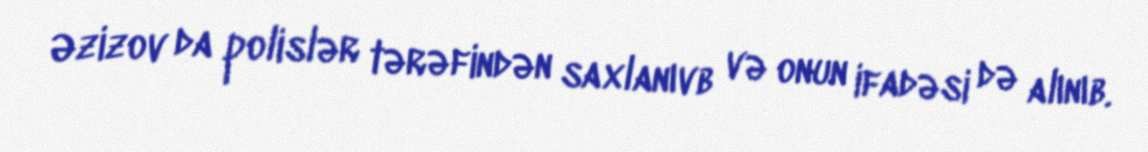
Əzizov da polislər tərəfindən saxlanıvb və onun ifadəsi də alınıb.